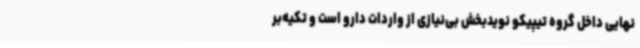
نهایی داخل گروه تیپیکو نویدبخش بی‌نیازی از واردات دارو است و تکیه‌بر